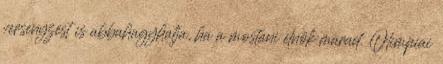
versenyzést is abbahagyhatja, ha a mostani elnök marad. Olimpiai